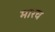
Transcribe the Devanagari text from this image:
मारच